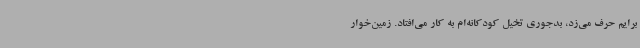
برایم حرف می‌زد، بدجوری تخیل کودکانه‌ام به کار می‌افتاد. زمین‌خوار